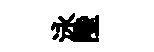
泳陛